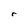
Character: r